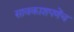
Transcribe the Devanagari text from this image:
सावकाशपणेंच